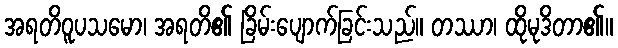
အရတိဝူပသမော၊ အရတိ၏ ခြိမ်းပျောက်ခြင်းသည်။ တဿာ၊ ထိုမုဒိတာ၏။